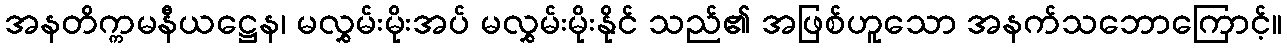
အနတိက္ကမနီယဋ္ဌေန၊ မလွှမ်းမိုးအပ် မလွှမ်းမိုးနိုင် သည်၏ အဖြစ်ဟူသော အနက်သဘောကြောင့်။